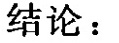
结论：